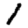
Digit: 1